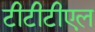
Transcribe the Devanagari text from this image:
टीटीटीएल